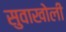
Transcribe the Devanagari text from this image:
सुवाखोली